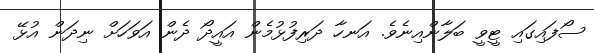
ސޯފައިގައި ޓީވީ ބަލާންއިނެވެ. އަނހާ ދަރިފުޅުމެން އައީދޯ ދެން އަވަހަށް ނިދަން އުޅޭ